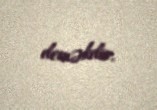
deməkdir.